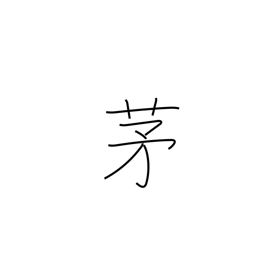
Meaning: miscanthus reed